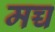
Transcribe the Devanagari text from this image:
मच्च